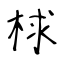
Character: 梂